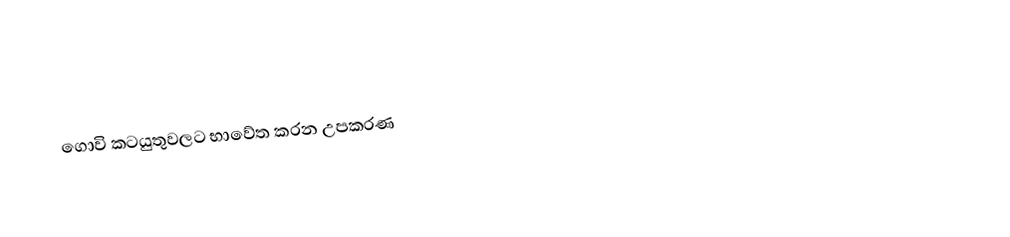
ගොවි කටයුතුවලට භාවේත කරන උපකරණ